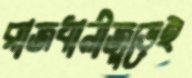
রাজধানীজুড়েই